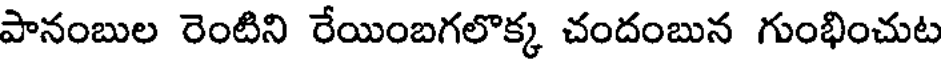
పానంబుల రెంటిని రేయింబగలొక్క చందంబున గుంభించుట